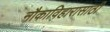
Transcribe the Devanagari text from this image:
नौकाविहारासाठी